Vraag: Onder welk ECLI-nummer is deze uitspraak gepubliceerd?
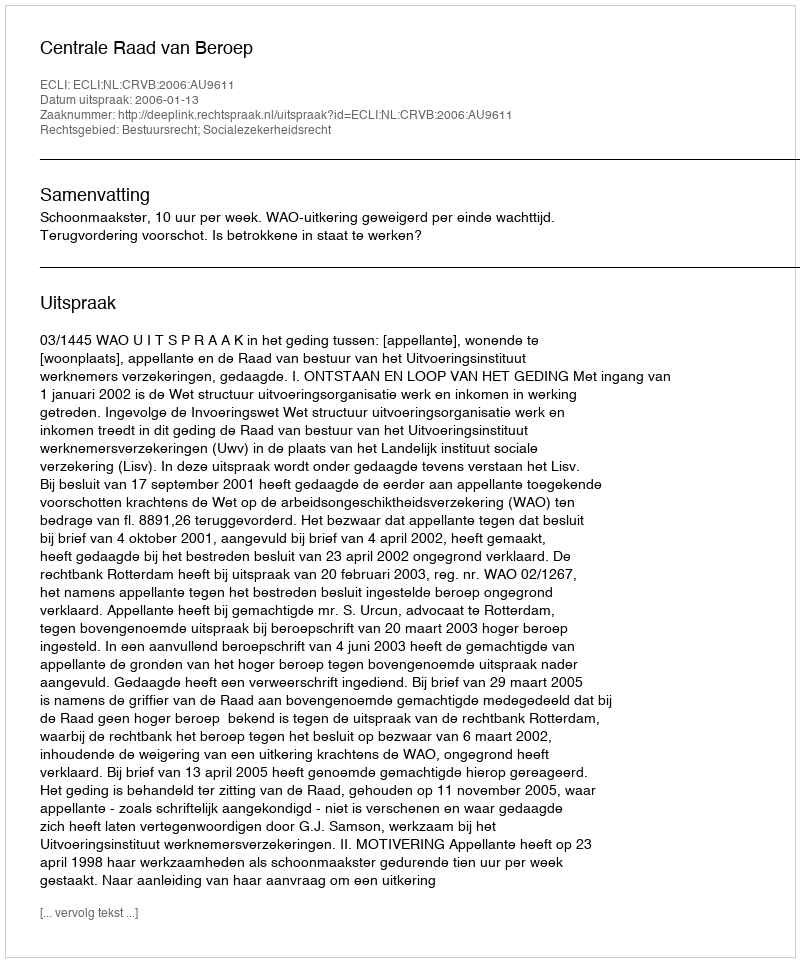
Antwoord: ECLI:NL:CRVB:2006:AU9611